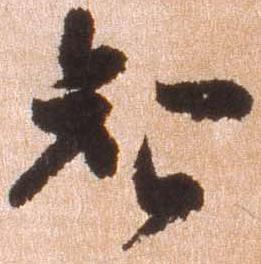
智